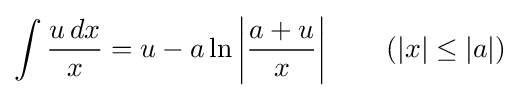
\int {\frac {u\,dx}{x}}=u-a\ln \left|{\frac {a+u}{x}}\right|\qquad {\mbox{(}}|x|\leq |a|{\mbox{)}}